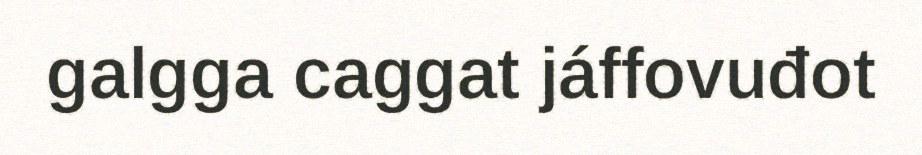
galgga caggat jáffovuđot